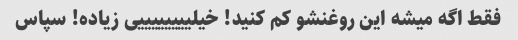
فقط اگه میشه این روغنشو کم کنید! خیلییییییییی زیاده! سپاس